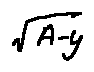
\sqrt { A - y }